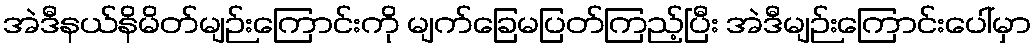
အဲဒီနယ်နိမိတ်မျဉ်းကြောင်းကို မျက်ခြေမပြတ်ကြည့်ပြီး အဲဒီမျဉ်းကြောင်းပေါ်မှာ